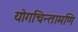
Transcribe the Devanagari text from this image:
योगचिन्तामणि